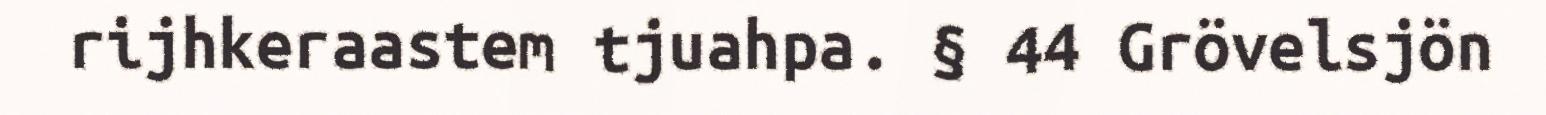
rijhkeraastem tjuahpa. § 44 Grövelsjön